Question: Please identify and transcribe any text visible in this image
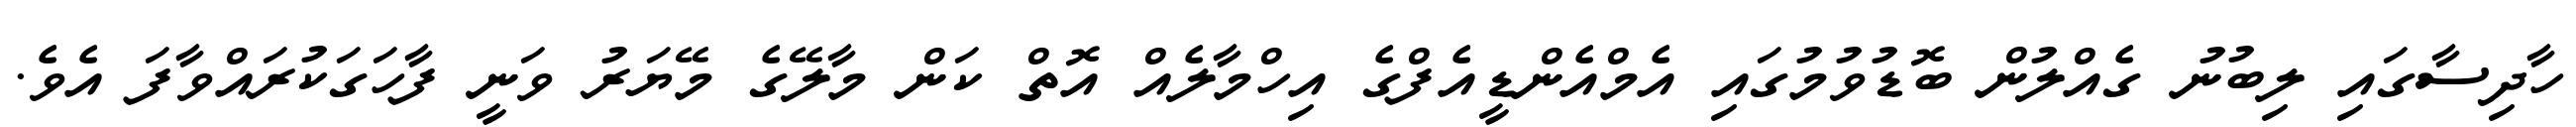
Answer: ހާދިސާގައި ލިބުނު ގެއްލުން ބޮޑުވުމުގައި އެމްއެންޑީއެފްގެ އިހްމާލެއް އޮތް ކަން މާލޭގެ މޭޔަރު ވަނީ ފާހަގަކުރައްވާފަ އެވެ.